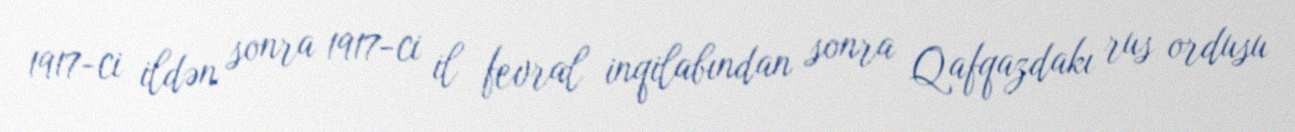
1917-ci ildən sonra 1917-ci il fevral inqilabından sonra Qafqazdakı rus ordusu